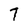
Character: 7